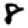
Digit: 8